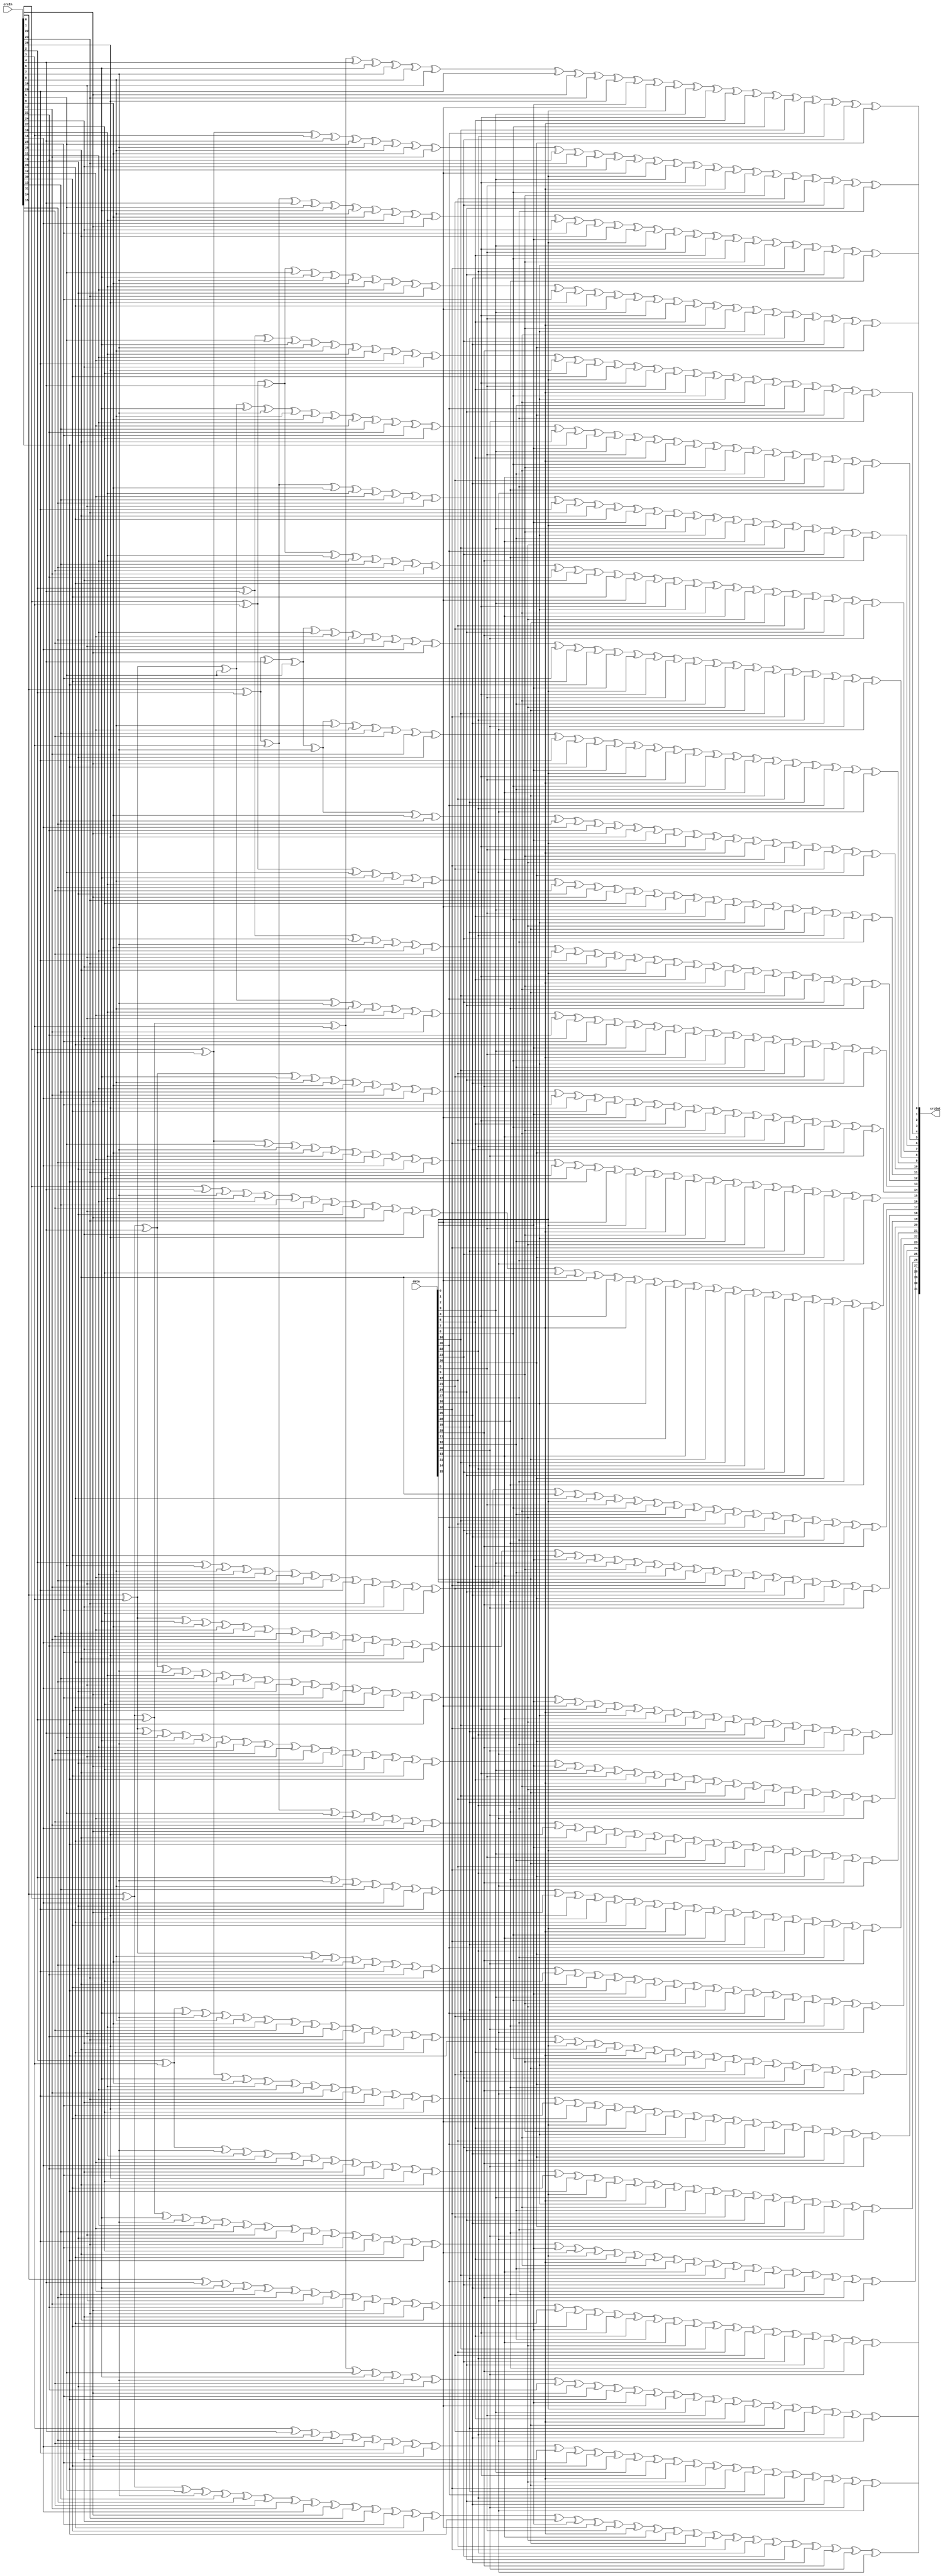
// vim: ts=4 sw=4 noexpandtab

// THIS IS GENERATED CODE.
// 
// This code is Public Domain.
// Permission to use, copy, modify, and/or distribute this software for any
// purpose with or without fee is hereby granted.
// 
// THE SOFTWARE IS PROVIDED "AS IS" AND THE AUTHOR DISCLAIMS ALL WARRANTIES
// WITH REGARD TO THIS SOFTWARE INCLUDING ALL IMPLIED WARRANTIES OF
// MERCHANTABILITY AND FITNESS. IN NO EVENT SHALL THE AUTHOR BE LIABLE FOR ANY
// SPECIAL, DIRECT, INDIRECT, OR CONSEQUENTIAL DAMAGES OR ANY DAMAGES WHATSOEVER
// RESULTING FROM LOSS OF USE, DATA OR PROFITS, WHETHER IN AN ACTION OF CONTRACT,
// NEGLIGENCE OR OTHER TORTIOUS ACTION, ARISING OUT OF OR IN CONNECTION WITH THE
// USE OR PERFORMANCE OF THIS SOFTWARE.

`ifndef CRC32_V_
`define CRC32_V_

// CRC polynomial coefficients: x^32 + x^26 + x^23 + x^22 + x^16 + x^12 + x^11 + x^10 + x^8 + x^7 + x^5 + x^4 + x^2 + x + 1
//                              0xEDB88320 (hex)
// CRC width:                   32 bits
// CRC shift direction:         right

module crc32 (
	input [31:0] crcIn,
	input [31:0] data,
	output [31:0] crcOut
);
	assign crcOut[0] = (crcIn[0] ^ crcIn[1] ^ crcIn[2] ^ crcIn[3] ^ crcIn[4] ^ crcIn[6] ^ crcIn[7] ^ crcIn[8] ^ crcIn[16] ^ crcIn[20] ^ crcIn[22] ^ crcIn[23] ^ crcIn[26] ^ data[0] ^ data[1] ^ data[2] ^ data[3] ^ data[4] ^ data[6] ^ data[7] ^ data[8] ^ data[16] ^ data[20] ^ data[22] ^ data[23] ^ data[26]);
	assign crcOut[1] = (crcIn[1] ^ crcIn[2] ^ crcIn[3] ^ crcIn[4] ^ crcIn[5] ^ crcIn[7] ^ crcIn[8] ^ crcIn[9] ^ crcIn[17] ^ crcIn[21] ^ crcIn[23] ^ crcIn[24] ^ crcIn[27] ^ data[1] ^ data[2] ^ data[3] ^ data[4] ^ data[5] ^ data[7] ^ data[8] ^ data[9] ^ data[17] ^ data[21] ^ data[23] ^ data[24] ^ data[27]);
	assign crcOut[2] = (crcIn[0] ^ crcIn[2] ^ crcIn[3] ^ crcIn[4] ^ crcIn[5] ^ crcIn[6] ^ crcIn[8] ^ crcIn[9] ^ crcIn[10] ^ crcIn[18] ^ crcIn[22] ^ crcIn[24] ^ crcIn[25] ^ crcIn[28] ^ data[0] ^ data[2] ^ data[3] ^ data[4] ^ data[5] ^ data[6] ^ data[8] ^ data[9] ^ data[10] ^ data[18] ^ data[22] ^ data[24] ^ data[25] ^ data[28]);
	assign crcOut[3] = (crcIn[1] ^ crcIn[3] ^ crcIn[4] ^ crcIn[5] ^ crcIn[6] ^ crcIn[7] ^ crcIn[9] ^ crcIn[10] ^ crcIn[11] ^ crcIn[19] ^ crcIn[23] ^ crcIn[25] ^ crcIn[26] ^ crcIn[29] ^ data[1] ^ data[3] ^ data[4] ^ data[5] ^ data[6] ^ data[7] ^ data[9] ^ data[10] ^ data[11] ^ data[19] ^ data[23] ^ data[25] ^ data[26] ^ data[29]);
	assign crcOut[4] = (crcIn[2] ^ crcIn[4] ^ crcIn[5] ^ crcIn[6] ^ crcIn[7] ^ crcIn[8] ^ crcIn[10] ^ crcIn[11] ^ crcIn[12] ^ crcIn[20] ^ crcIn[24] ^ crcIn[26] ^ crcIn[27] ^ crcIn[30] ^ data[2] ^ data[4] ^ data[5] ^ data[6] ^ data[7] ^ data[8] ^ data[10] ^ data[11] ^ data[12] ^ data[20] ^ data[24] ^ data[26] ^ data[27] ^ data[30]);
	assign crcOut[5] = (crcIn[0] ^ crcIn[3] ^ crcIn[5] ^ crcIn[6] ^ crcIn[7] ^ crcIn[8] ^ crcIn[9] ^ crcIn[11] ^ crcIn[12] ^ crcIn[13] ^ crcIn[21] ^ crcIn[25] ^ crcIn[27] ^ crcIn[28] ^ crcIn[31] ^ data[0] ^ data[3] ^ data[5] ^ data[6] ^ data[7] ^ data[8] ^ data[9] ^ data[11] ^ data[12] ^ data[13] ^ data[21] ^ data[25] ^ data[27] ^ data[28] ^ data[31]);
	assign crcOut[6] = (crcIn[0] ^ crcIn[2] ^ crcIn[3] ^ crcIn[9] ^ crcIn[10] ^ crcIn[12] ^ crcIn[13] ^ crcIn[14] ^ crcIn[16] ^ crcIn[20] ^ crcIn[23] ^ crcIn[28] ^ crcIn[29] ^ data[0] ^ data[2] ^ data[3] ^ data[9] ^ data[10] ^ data[12] ^ data[13] ^ data[14] ^ data[16] ^ data[20] ^ data[23] ^ data[28] ^ data[29]);
	assign crcOut[7] = (crcIn[1] ^ crcIn[3] ^ crcIn[4] ^ crcIn[10] ^ crcIn[11] ^ crcIn[13] ^ crcIn[14] ^ crcIn[15] ^ crcIn[17] ^ crcIn[21] ^ crcIn[24] ^ crcIn[29] ^ crcIn[30] ^ data[1] ^ data[3] ^ data[4] ^ data[10] ^ data[11] ^ data[13] ^ data[14] ^ data[15] ^ data[17] ^ data[21] ^ data[24] ^ data[29] ^ data[30]);
	assign crcOut[8] = (crcIn[0] ^ crcIn[2] ^ crcIn[4] ^ crcIn[5] ^ crcIn[11] ^ crcIn[12] ^ crcIn[14] ^ crcIn[15] ^ crcIn[16] ^ crcIn[18] ^ crcIn[22] ^ crcIn[25] ^ crcIn[30] ^ crcIn[31] ^ data[0] ^ data[2] ^ data[4] ^ data[5] ^ data[11] ^ data[12] ^ data[14] ^ data[15] ^ data[16] ^ data[18] ^ data[22] ^ data[25] ^ data[30] ^ data[31]);
	assign crcOut[9] = (crcIn[0] ^ crcIn[2] ^ crcIn[4] ^ crcIn[5] ^ crcIn[7] ^ crcIn[8] ^ crcIn[12] ^ crcIn[13] ^ crcIn[15] ^ crcIn[17] ^ crcIn[19] ^ crcIn[20] ^ crcIn[22] ^ crcIn[31] ^ data[0] ^ data[2] ^ data[4] ^ data[5] ^ data[7] ^ data[8] ^ data[12] ^ data[13] ^ data[15] ^ data[17] ^ data[19] ^ data[20] ^ data[22] ^ data[31]);
	assign crcOut[10] = (crcIn[0] ^ crcIn[2] ^ crcIn[4] ^ crcIn[5] ^ crcIn[7] ^ crcIn[9] ^ crcIn[13] ^ crcIn[14] ^ crcIn[18] ^ crcIn[21] ^ crcIn[22] ^ crcIn[26] ^ data[0] ^ data[2] ^ data[4] ^ data[5] ^ data[7] ^ data[9] ^ data[13] ^ data[14] ^ data[18] ^ data[21] ^ data[22] ^ data[26]);
	assign crcOut[11] = (crcIn[1] ^ crcIn[3] ^ crcIn[5] ^ crcIn[6] ^ crcIn[8] ^ crcIn[10] ^ crcIn[14] ^ crcIn[15] ^ crcIn[19] ^ crcIn[22] ^ crcIn[23] ^ crcIn[27] ^ data[1] ^ data[3] ^ data[5] ^ data[6] ^ data[8] ^ data[10] ^ data[14] ^ data[15] ^ data[19] ^ data[22] ^ data[23] ^ data[27]);
	assign crcOut[12] = (crcIn[2] ^ crcIn[4] ^ crcIn[6] ^ crcIn[7] ^ crcIn[9] ^ crcIn[11] ^ crcIn[15] ^ crcIn[16] ^ crcIn[20] ^ crcIn[23] ^ crcIn[24] ^ crcIn[28] ^ data[2] ^ data[4] ^ data[6] ^ data[7] ^ data[9] ^ data[11] ^ data[15] ^ data[16] ^ data[20] ^ data[23] ^ data[24] ^ data[28]);
	assign crcOut[13] = (crcIn[0] ^ crcIn[3] ^ crcIn[5] ^ crcIn[7] ^ crcIn[8] ^ crcIn[10] ^ crcIn[12] ^ crcIn[16] ^ crcIn[17] ^ crcIn[21] ^ crcIn[24] ^ crcIn[25] ^ crcIn[29] ^ data[0] ^ data[3] ^ data[5] ^ data[7] ^ data[8] ^ data[10] ^ data[12] ^ data[16] ^ data[17] ^ data[21] ^ data[24] ^ data[25] ^ data[29]);
	assign crcOut[14] = (crcIn[0] ^ crcIn[1] ^ crcIn[4] ^ crcIn[6] ^ crcIn[8] ^ crcIn[9] ^ crcIn[11] ^ crcIn[13] ^ crcIn[17] ^ crcIn[18] ^ crcIn[22] ^ crcIn[25] ^ crcIn[26] ^ crcIn[30] ^ data[0] ^ data[1] ^ data[4] ^ data[6] ^ data[8] ^ data[9] ^ data[11] ^ data[13] ^ data[17] ^ data[18] ^ data[22] ^ data[25] ^ data[26] ^ data[30]);
	assign crcOut[15] = (crcIn[1] ^ crcIn[2] ^ crcIn[5] ^ crcIn[7] ^ crcIn[9] ^ crcIn[10] ^ crcIn[12] ^ crcIn[14] ^ crcIn[18] ^ crcIn[19] ^ crcIn[23] ^ crcIn[26] ^ crcIn[27] ^ crcIn[31] ^ data[1] ^ data[2] ^ data[5] ^ data[7] ^ data[9] ^ data[10] ^ data[12] ^ data[14] ^ data[18] ^ data[19] ^ data[23] ^ data[26] ^ data[27] ^ data[31]);
	assign crcOut[16] = (crcIn[1] ^ crcIn[4] ^ crcIn[7] ^ crcIn[10] ^ crcIn[11] ^ crcIn[13] ^ crcIn[15] ^ crcIn[16] ^ crcIn[19] ^ crcIn[22] ^ crcIn[23] ^ crcIn[24] ^ crcIn[26] ^ crcIn[27] ^ crcIn[28] ^ data[1] ^ data[4] ^ data[7] ^ data[10] ^ data[11] ^ data[13] ^ data[15] ^ data[16] ^ data[19] ^ data[22] ^ data[23] ^ data[24] ^ data[26] ^ data[27] ^ data[28]);
	assign crcOut[17] = (crcIn[2] ^ crcIn[5] ^ crcIn[8] ^ crcIn[11] ^ crcIn[12] ^ crcIn[14] ^ crcIn[16] ^ crcIn[17] ^ crcIn[20] ^ crcIn[23] ^ crcIn[24] ^ crcIn[25] ^ crcIn[27] ^ crcIn[28] ^ crcIn[29] ^ data[2] ^ data[5] ^ data[8] ^ data[11] ^ data[12] ^ data[14] ^ data[16] ^ data[17] ^ data[20] ^ data[23] ^ data[24] ^ data[25] ^ data[27] ^ data[28] ^ data[29]);
	assign crcOut[18] = (crcIn[0] ^ crcIn[3] ^ crcIn[6] ^ crcIn[9] ^ crcIn[12] ^ crcIn[13] ^ crcIn[15] ^ crcIn[17] ^ crcIn[18] ^ crcIn[21] ^ crcIn[24] ^ crcIn[25] ^ crcIn[26] ^ crcIn[28] ^ crcIn[29] ^ crcIn[30] ^ data[0] ^ data[3] ^ data[6] ^ data[9] ^ data[12] ^ data[13] ^ data[15] ^ data[17] ^ data[18] ^ data[21] ^ data[24] ^ data[25] ^ data[26] ^ data[28] ^ data[29] ^ data[30]);
	assign crcOut[19] = (crcIn[0] ^ crcIn[1] ^ crcIn[4] ^ crcIn[7] ^ crcIn[10] ^ crcIn[13] ^ crcIn[14] ^ crcIn[16] ^ crcIn[18] ^ crcIn[19] ^ crcIn[22] ^ crcIn[25] ^ crcIn[26] ^ crcIn[27] ^ crcIn[29] ^ crcIn[30] ^ crcIn[31] ^ data[0] ^ data[1] ^ data[4] ^ data[7] ^ data[10] ^ data[13] ^ data[14] ^ data[16] ^ data[18] ^ data[19] ^ data[22] ^ data[25] ^ data[26] ^ data[27] ^ data[29] ^ data[30] ^ data[31]);
	assign crcOut[20] = (crcIn[0] ^ crcIn[3] ^ crcIn[4] ^ crcIn[5] ^ crcIn[6] ^ crcIn[7] ^ crcIn[11] ^ crcIn[14] ^ crcIn[15] ^ crcIn[16] ^ crcIn[17] ^ crcIn[19] ^ crcIn[22] ^ crcIn[27] ^ crcIn[28] ^ crcIn[30] ^ crcIn[31] ^ data[0] ^ data[3] ^ data[4] ^ data[5] ^ data[6] ^ data[7] ^ data[11] ^ data[14] ^ data[15] ^ data[16] ^ data[17] ^ data[19] ^ data[22] ^ data[27] ^ data[28] ^ data[30] ^ data[31]);
	assign crcOut[21] = (crcIn[0] ^ crcIn[2] ^ crcIn[3] ^ crcIn[5] ^ crcIn[12] ^ crcIn[15] ^ crcIn[17] ^ crcIn[18] ^ crcIn[22] ^ crcIn[26] ^ crcIn[28] ^ crcIn[29] ^ crcIn[31] ^ data[0] ^ data[2] ^ data[3] ^ data[5] ^ data[12] ^ data[15] ^ data[17] ^ data[18] ^ data[22] ^ data[26] ^ data[28] ^ data[29] ^ data[31]);
	assign crcOut[22] = (crcIn[2] ^ crcIn[7] ^ crcIn[8] ^ crcIn[13] ^ crcIn[18] ^ crcIn[19] ^ crcIn[20] ^ crcIn[22] ^ crcIn[26] ^ crcIn[27] ^ crcIn[29] ^ crcIn[30] ^ data[2] ^ data[7] ^ data[8] ^ data[13] ^ data[18] ^ data[19] ^ data[20] ^ data[22] ^ data[26] ^ data[27] ^ data[29] ^ data[30]);
	assign crcOut[23] = (crcIn[0] ^ crcIn[3] ^ crcIn[8] ^ crcIn[9] ^ crcIn[14] ^ crcIn[19] ^ crcIn[20] ^ crcIn[21] ^ crcIn[23] ^ crcIn[27] ^ crcIn[28] ^ crcIn[30] ^ crcIn[31] ^ data[0] ^ data[3] ^ data[8] ^ data[9] ^ data[14] ^ data[19] ^ data[20] ^ data[21] ^ data[23] ^ data[27] ^ data[28] ^ data[30] ^ data[31]);
	assign crcOut[24] = (crcIn[2] ^ crcIn[3] ^ crcIn[6] ^ crcIn[7] ^ crcIn[8] ^ crcIn[9] ^ crcIn[10] ^ crcIn[15] ^ crcIn[16] ^ crcIn[21] ^ crcIn[23] ^ crcIn[24] ^ crcIn[26] ^ crcIn[28] ^ crcIn[29] ^ crcIn[31] ^ data[2] ^ data[3] ^ data[6] ^ data[7] ^ data[8] ^ data[9] ^ data[10] ^ data[15] ^ data[16] ^ data[21] ^ data[23] ^ data[24] ^ data[26] ^ data[28] ^ data[29] ^ data[31]);
	assign crcOut[25] = (crcIn[1] ^ crcIn[2] ^ crcIn[6] ^ crcIn[9] ^ crcIn[10] ^ crcIn[11] ^ crcIn[17] ^ crcIn[20] ^ crcIn[23] ^ crcIn[24] ^ crcIn[25] ^ crcIn[26] ^ crcIn[27] ^ crcIn[29] ^ crcIn[30] ^ data[1] ^ data[2] ^ data[6] ^ data[9] ^ data[10] ^ data[11] ^ data[17] ^ data[20] ^ data[23] ^ data[24] ^ data[25] ^ data[26] ^ data[27] ^ data[29] ^ data[30]);
	assign crcOut[26] = (crcIn[2] ^ crcIn[3] ^ crcIn[7] ^ crcIn[10] ^ crcIn[11] ^ crcIn[12] ^ crcIn[18] ^ crcIn[21] ^ crcIn[24] ^ crcIn[25] ^ crcIn[26] ^ crcIn[27] ^ crcIn[28] ^ crcIn[30] ^ crcIn[31] ^ data[2] ^ data[3] ^ data[7] ^ data[10] ^ data[11] ^ data[12] ^ data[18] ^ data[21] ^ data[24] ^ data[25] ^ data[26] ^ data[27] ^ data[28] ^ data[30] ^ data[31]);
	assign crcOut[27] = (crcIn[0] ^ crcIn[1] ^ crcIn[2] ^ crcIn[6] ^ crcIn[7] ^ crcIn[11] ^ crcIn[12] ^ crcIn[13] ^ crcIn[16] ^ crcIn[19] ^ crcIn[20] ^ crcIn[23] ^ crcIn[25] ^ crcIn[27] ^ crcIn[28] ^ crcIn[29] ^ crcIn[31] ^ data[0] ^ data[1] ^ data[2] ^ data[6] ^ data[7] ^ data[11] ^ data[12] ^ data[13] ^ data[16] ^ data[19] ^ data[20] ^ data[23] ^ data[25] ^ data[27] ^ data[28] ^ data[29] ^ data[31]);
	assign crcOut[28] = (crcIn[0] ^ crcIn[4] ^ crcIn[6] ^ crcIn[12] ^ crcIn[13] ^ crcIn[14] ^ crcIn[16] ^ crcIn[17] ^ crcIn[21] ^ crcIn[22] ^ crcIn[23] ^ crcIn[24] ^ crcIn[28] ^ crcIn[29] ^ crcIn[30] ^ data[0] ^ data[4] ^ data[6] ^ data[12] ^ data[13] ^ data[14] ^ data[16] ^ data[17] ^ data[21] ^ data[22] ^ data[23] ^ data[24] ^ data[28] ^ data[29] ^ data[30]);
	assign crcOut[29] = (crcIn[0] ^ crcIn[1] ^ crcIn[5] ^ crcIn[7] ^ crcIn[13] ^ crcIn[14] ^ crcIn[15] ^ crcIn[17] ^ crcIn[18] ^ crcIn[22] ^ crcIn[23] ^ crcIn[24] ^ crcIn[25] ^ crcIn[29] ^ crcIn[30] ^ crcIn[31] ^ data[0] ^ data[1] ^ data[5] ^ data[7] ^ data[13] ^ data[14] ^ data[15] ^ data[17] ^ data[18] ^ data[22] ^ data[23] ^ data[24] ^ data[25] ^ data[29] ^ data[30] ^ data[31]);
	assign crcOut[30] = (crcIn[3] ^ crcIn[4] ^ crcIn[7] ^ crcIn[14] ^ crcIn[15] ^ crcIn[18] ^ crcIn[19] ^ crcIn[20] ^ crcIn[22] ^ crcIn[24] ^ crcIn[25] ^ crcIn[30] ^ crcIn[31] ^ data[3] ^ data[4] ^ data[7] ^ data[14] ^ data[15] ^ data[18] ^ data[19] ^ data[20] ^ data[22] ^ data[24] ^ data[25] ^ data[30] ^ data[31]);
	assign crcOut[31] = (crcIn[0] ^ crcIn[1] ^ crcIn[2] ^ crcIn[3] ^ crcIn[5] ^ crcIn[6] ^ crcIn[7] ^ crcIn[15] ^ crcIn[19] ^ crcIn[21] ^ crcIn[22] ^ crcIn[25] ^ crcIn[31] ^ data[0] ^ data[1] ^ data[2] ^ data[3] ^ data[5] ^ data[6] ^ data[7] ^ data[15] ^ data[19] ^ data[21] ^ data[22] ^ data[25] ^ data[31]);
endmodule

`endif // CRC32_V_